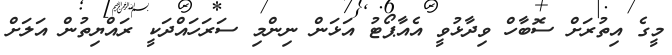
މީގެ އިތުރަށް ސޮބާހް ވިދާޅުވީ އެއާޕޯޓު އަޅަން ނިންމި ސަރަހައްދަކީ ރައްޔިތުން އަލަށް